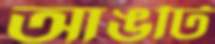
আঙটি